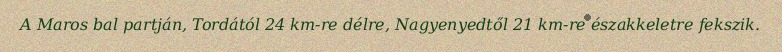
A Maros bal partján, Tordától 24 km-re délre, Nagyenyedtől 21 km-re északkeletre fekszik.